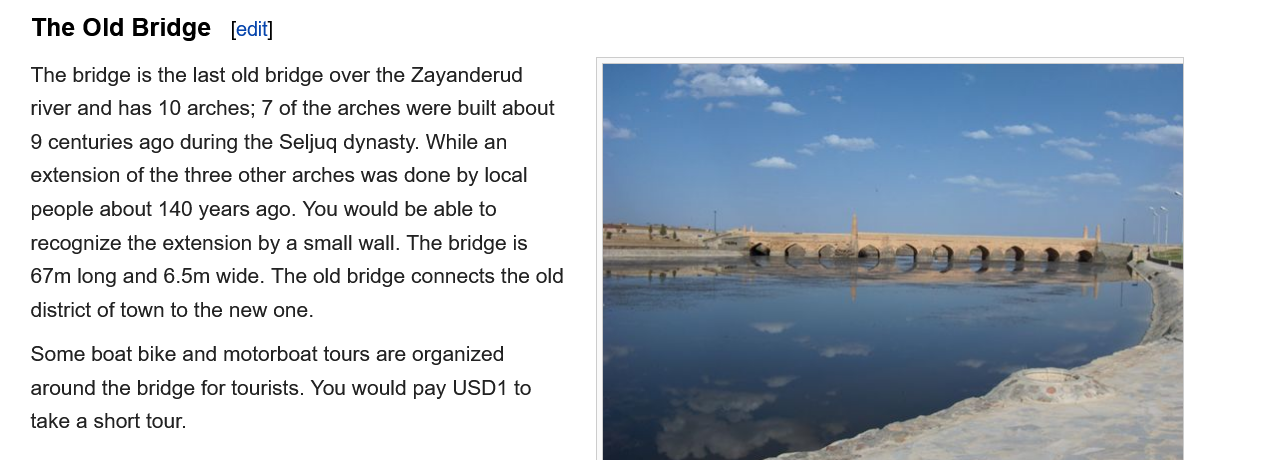
The  Old Bridge
   The bridge is the last old bridge over the Zayanderud
   river and has 10 arches; 7 of the arches were built about
   9 centuries ago during the Seljuq dynasty. While an
   extension of the three other arches was done by local
   people about 140 years ago. You would be able to
   recognize the extension by a small wall. The bridge is
   67m long and 6.5m wide. The old bridge connects the old
   district of town to the new one.
   Some boat bike and motorboat tours are organized
   around the bridge for tourists. You would pay USD1 to
   take a short tour.